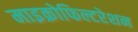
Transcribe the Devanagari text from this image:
माइक्रोफिल्टरेशन